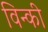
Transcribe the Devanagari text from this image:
विन्की